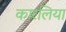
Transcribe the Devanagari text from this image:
कारलिया